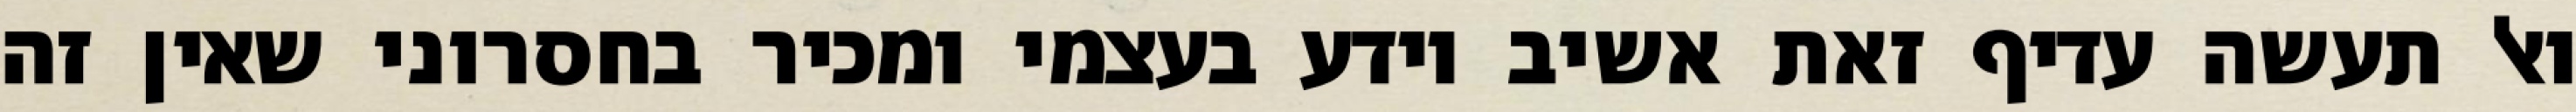
ואל תעשה עדיף זאת אשיב יודע בעצמי ומכיר בחסרוני שאין זה